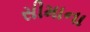
સીમાના